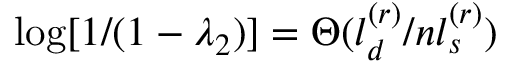
\log [ 1 / ( 1 - \lambda _ { 2 } ) ] = \Theta ( l _ { d } ^ { ( r ) } / n l _ { s } ^ { ( r ) } )